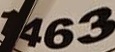
1463